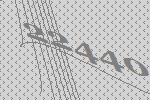
22440